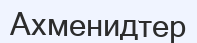
Ахменидтер